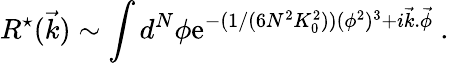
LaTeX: R^{\star}(\vec{k})\sim\int d^{N}\phi\mathrm{e}^{-(1/(6N^{2}K_{0}^{2}))(\phi^{2})^{3}+i\vec{k}.\vec{\phi}}\ .